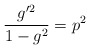
\begin{align*}\frac{g^{\prime2}}{1-g^2}=p^2\end{align*}